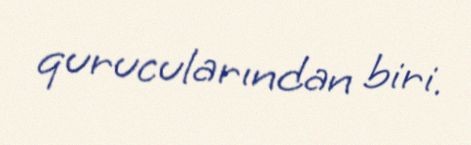
qurucularından biri.